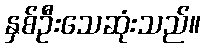
နှစ်ဦးသေဆုံးသည်။